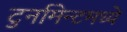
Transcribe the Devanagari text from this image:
टुर्नामेन्टमध्ये